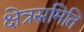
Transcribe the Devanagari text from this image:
क्षेत्रसमिति